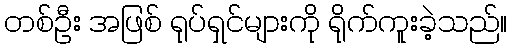
တစ်ဦး အဖြစ် ရုပ်ရှင်များကို ရိုက်ကူးခဲ့သည်။